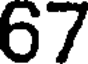
67